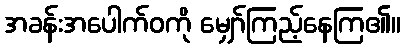
အခန်းအပေါက်ဝကို မျှော်ကြည့်နေကြ၏။